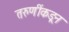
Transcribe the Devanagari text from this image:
तरुणींकडून